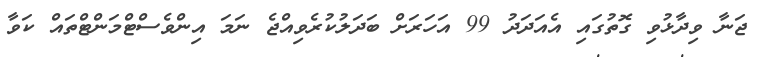
ޖަނާ ވިދާޅުވި ގޮތުގައި އެއަދަދު 99 އަހަރަށް ބަދަލުކުރެވިއްޖެ ނަމަ އިންވެސްޓްމަންޓްތައް ކަވާ